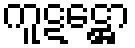
ကူဋဋ္ဌော